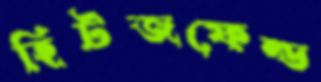
হিটজফেল্ড